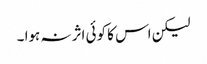
لیکن اس کا کوئی اثر نہ ہوا ۔